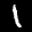
Label: 1